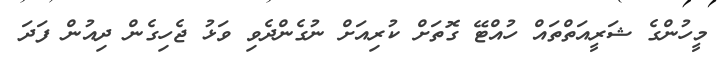
މީހުންގެ ޝަރީއަތްތައް ހުއްޓޭ ގޮތަށް ކުރިއަށް ނުގެންދެވި ވަޅު ޖެހިގެން ދިއުން ފަދަ